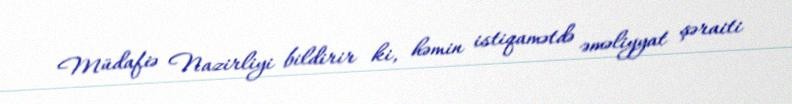
Müdafiə Nazirliyi bildirir ki, həmin istiqamətdə əməliyyat şəraiti